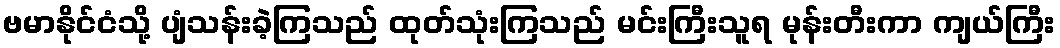
ဗမာနိုင်ငံသို့ ပျံသန်းခဲ့ကြသည် ထုတ်သုံးကြသည် မင်းကြီးသူရ မုန်းတီးကာ ကျယ်ကြီး